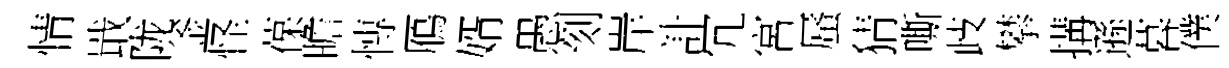
情戢陇釜怪葆瞻慱鴈婿愚刻岸計冗宮蜃猜嘶歧攀搆遜暮僕